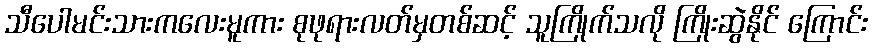
သီပေါမင်းသားကလေးမူကား စုဖုရားလတ်မှတစ်ဆင့် သူကြိုက်သလို ကြိုးဆွဲနိုင် ကြောင်း